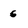
Character: 6